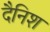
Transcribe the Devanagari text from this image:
दैनिश